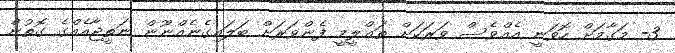
3- މަގާމަށް ހޮވަނީ އެއްވެސް ވަރަކަށް ތަޢްލީމީ ފެންވަރަށް ބަލައިގެނެއްނޫން ނަތީޖާއެއްގެ ގޮތުން